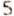
5